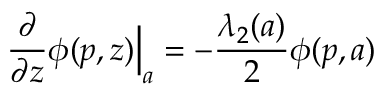
\frac { \partial } { \partial z } \phi ( p , z ) \Big | _ { a } = - \frac { \lambda _ { 2 } ( a ) } 2 \phi ( p , a )